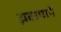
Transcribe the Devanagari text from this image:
झटल्याने